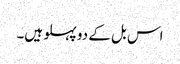
اس بل کے دو پہلو ہیں۔